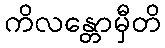
ကိလန္တောမှီတိ